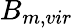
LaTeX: B_{m,vir}